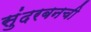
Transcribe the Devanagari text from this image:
सुंदरबनची